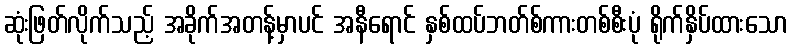
ဆုံးဖြတ်လိုက်သည့် အခိုက်အတန့်မှာပင် အနီရောင် နှစ်ထပ်ဘတ်စ်ကားတစ်စီးပုံ ရိုက်နှိပ်ထားသော